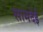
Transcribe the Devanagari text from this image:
सामदेई